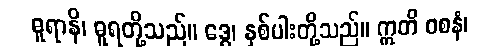
ဓူရာနိ၊ ဓူရတို့သည်။ ဒွေ၊ နှစ်ပါးတို့သည်။ ဣတိ ဝစနံ၊